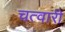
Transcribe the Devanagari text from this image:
चत्वारी